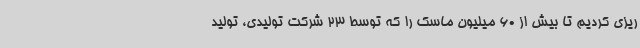
ریزی کردیم تا بیش از 60 میلیون ماسک را که توسط 23 شرکت تولیدی، تولید